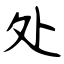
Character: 处